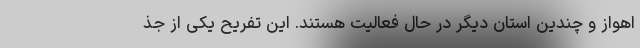
اهواز و چندین استان دیگر در حال فعالیت هستند. این تفریح یکی از جذ